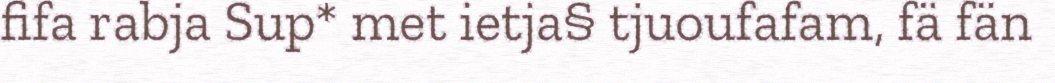
fifa rabja Sup* met ietja§ tjuoufafam, fä fän